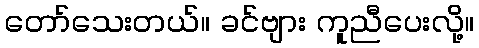
တော်သေးတယ်။ ခင်ဗျား ကူညီပေးလို့။